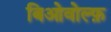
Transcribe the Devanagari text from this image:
बिओवोल्फ़